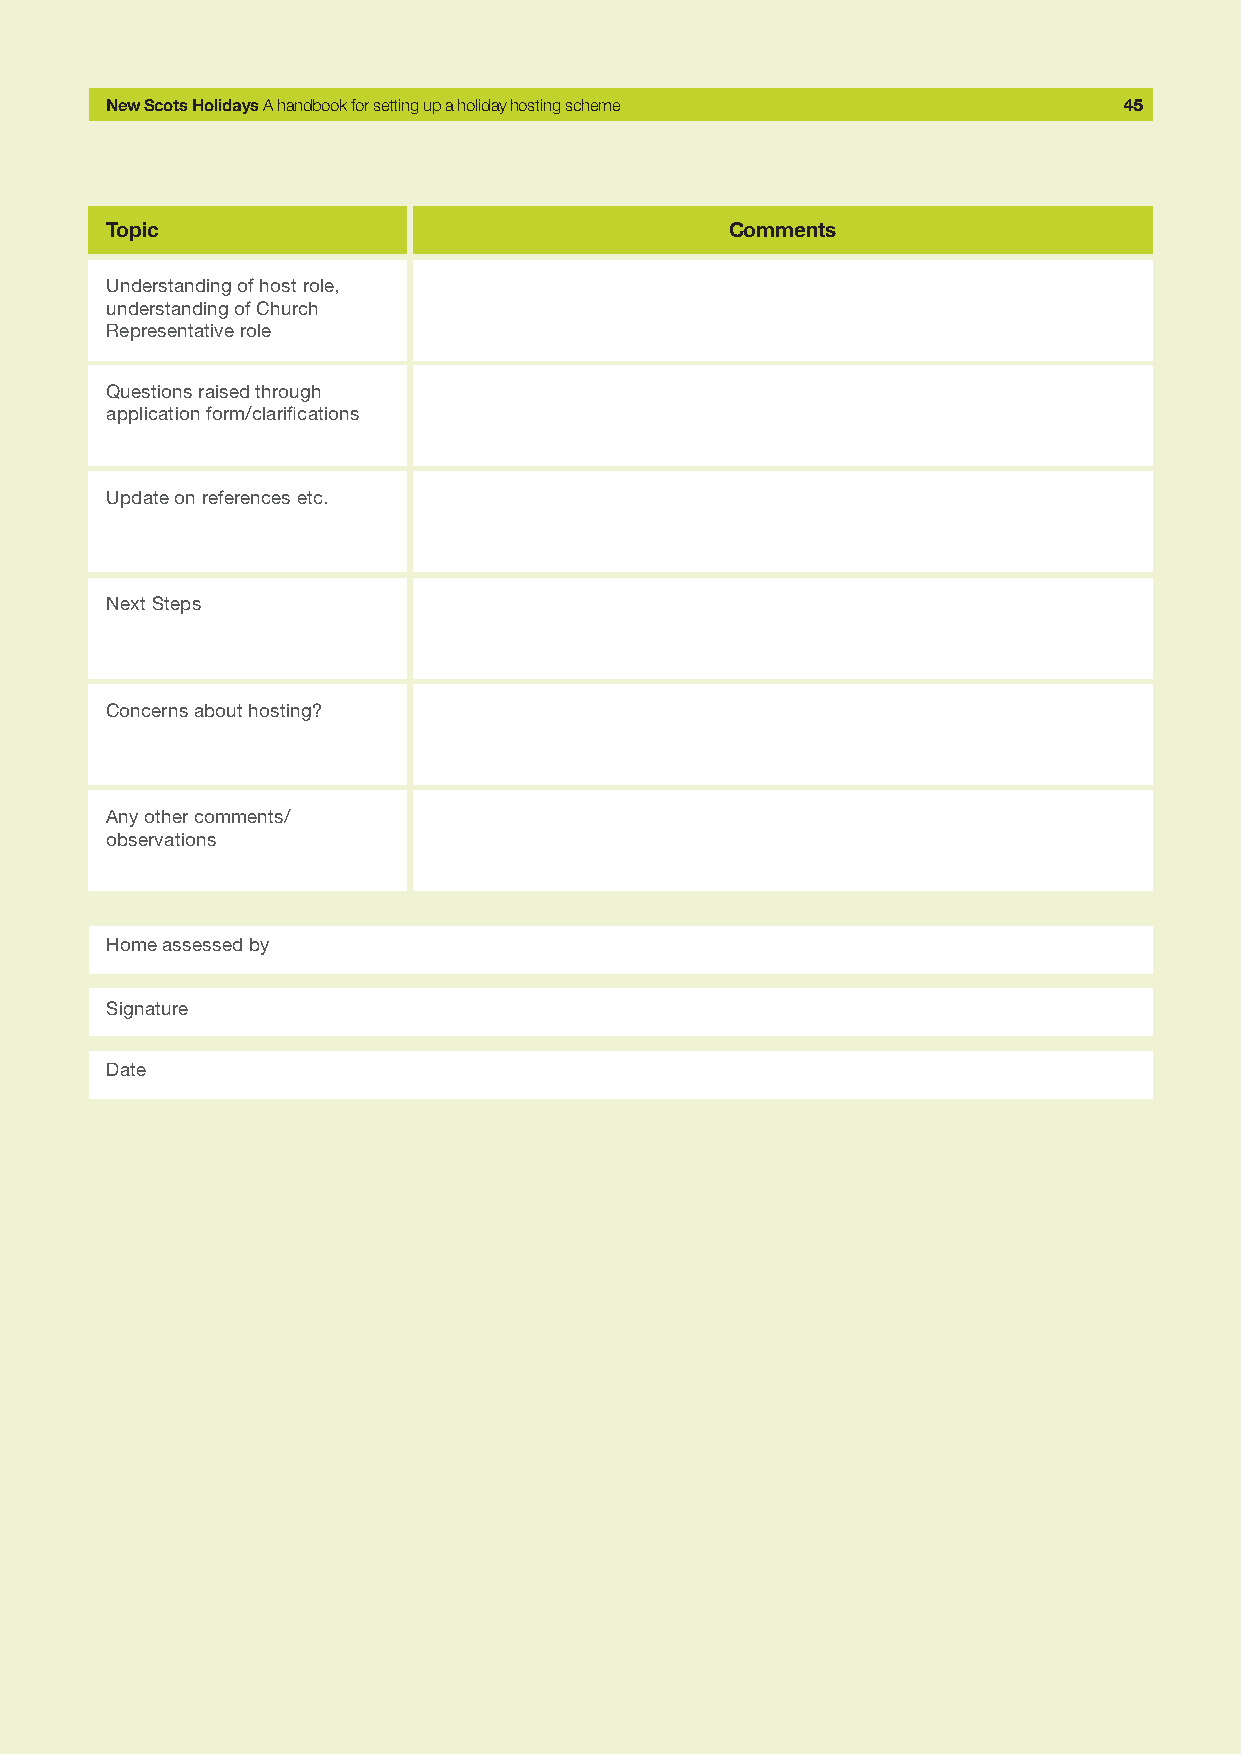
New Scots Holidays A handbook for setting up a holiday hosting scheme 45
 Topic                                    Comments
 Understanding of host role,
 understanding of Church
 Representative role
 Questions raised through
 application form/clarifications
 Update on references etc.
 Next Steps
 Concerns about hosting?
 Any other comments/
 observations
 Home assessed by
 Signature
 Date